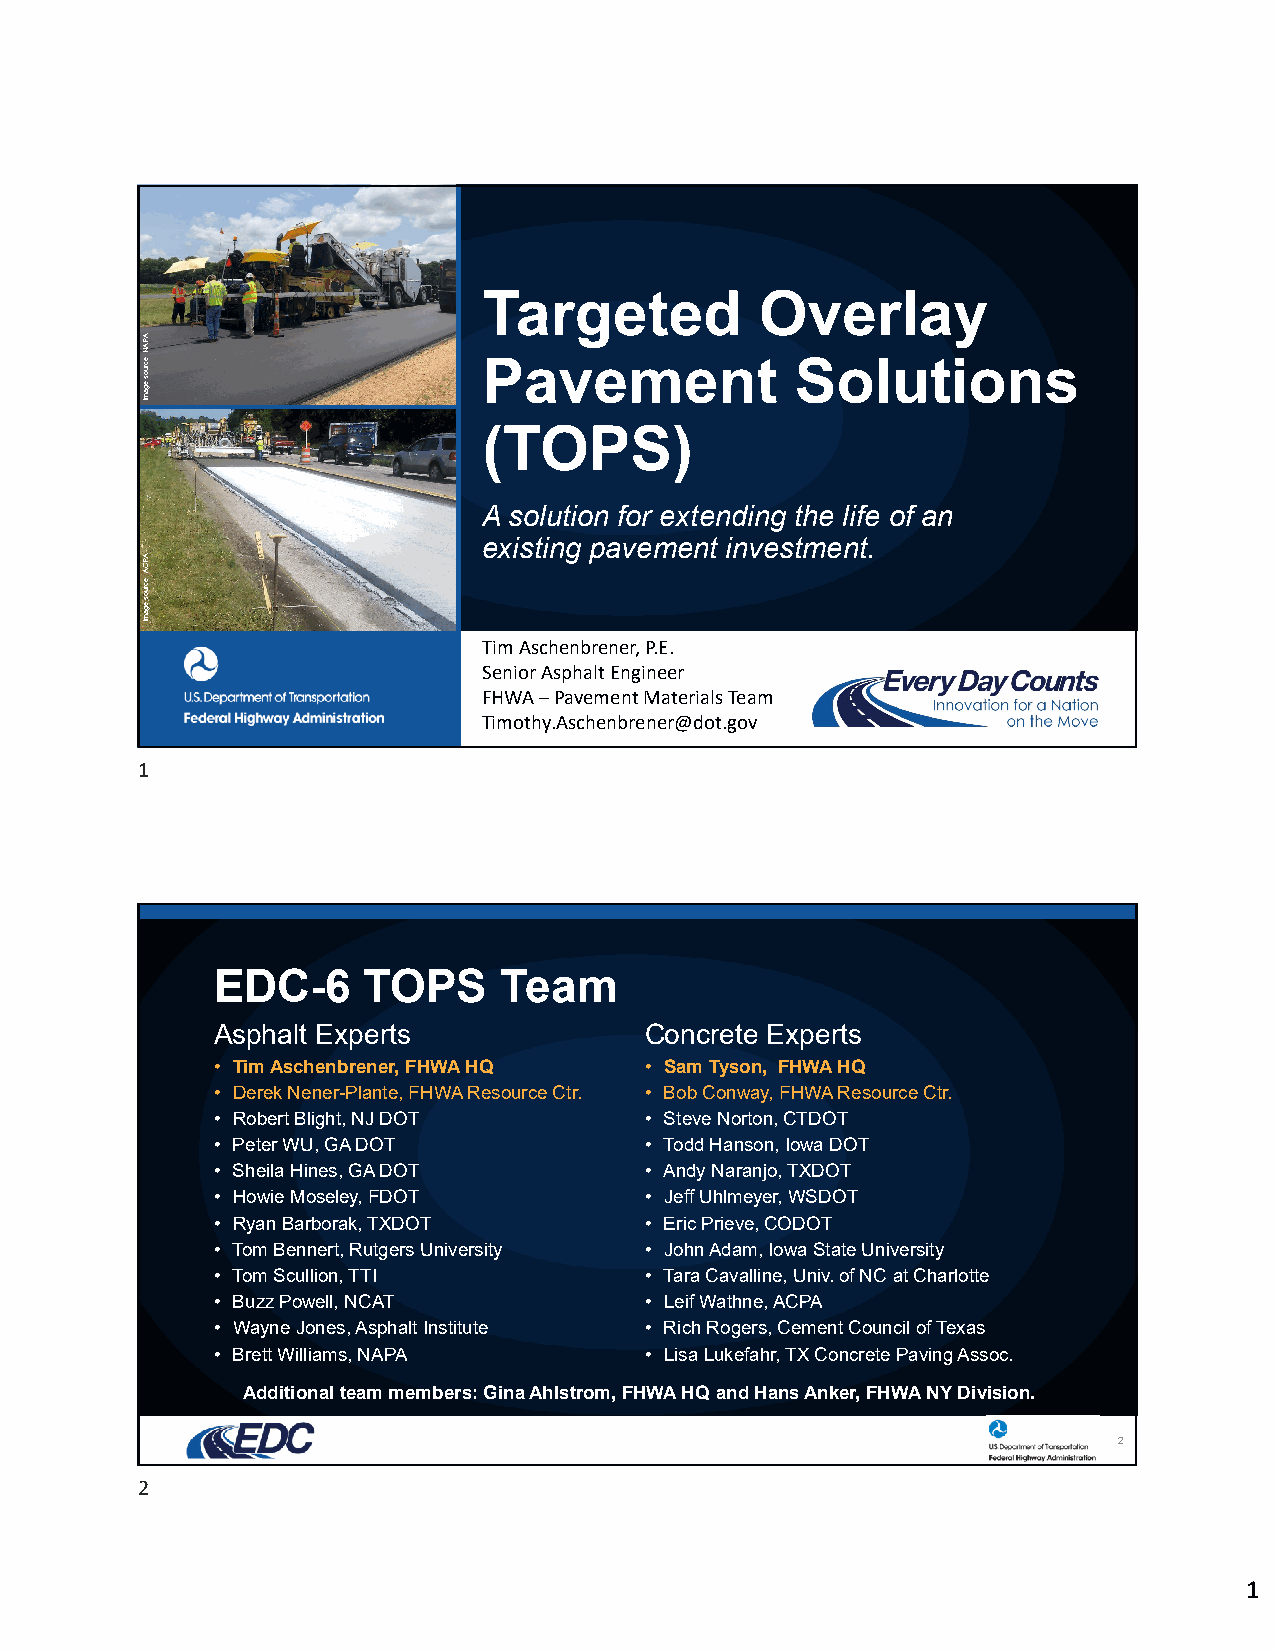
Targeted          Overlay
 Pavement             Solutions
 (TOPS)
 A solution for extending the life of an
 existing pavement investment.
 Tim Aschenbrener, P.E.
 Senior Asphalt Engineer
 FHWA –Pavement Materials Team
 Timothy.Aschenbrener@dot.gov
 1
 EDC-6     TOPS     Team
 Asphalt Experts              Concrete Experts
 • Tim Aschenbrener, FHWA HQ  • Sam Tyson, FHWA HQ
 • Derek Nener-Plante, FHWA Resource Ctr. • Bob Conway, FHWA Resource Ctr.
 • Robert Blight, NJ DOT      • Steve Norton, CTDOT
 • Peter WU, GA DOT           • Todd Hanson, Iowa DOT
 • Sheila Hines, GA DOT       • Andy Naranjo, TXDOT
 • Howie Moseley, FDOT        • Jeff Uhlmeyer, WSDOT
 • Ryan Barborak, TXDOT       • Eric Prieve, CODOT
 • Tom Bennert, Rutgers University • John Adam, Iowa State University
 • Tom Scullion, TTI          • Tara Cavalline, Univ. of NC at Charlotte
 • Buzz Powell, NCAT          • Leif Wathne, ACPA
 • Wayne Jones, Asphalt Institute • Rich Rogers, Cement Council of Texas
 • Brett Williams, NAPA       • Lisa Lukefahr, TX Concrete Paving Assoc.
 Additional team members: Gina Ahlstrom, FHWA HQ and Hans Anker, FHWA NY Division.
 2
 2
 1
 APAN
 :ecruos
 egamI
 APCA
 :ecruos
 egamI